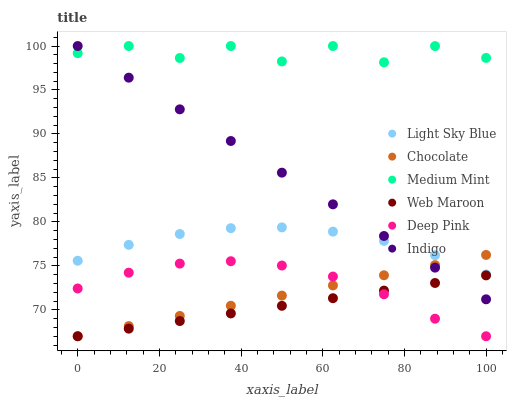
| xaxis_label | Light Sky Blue | Chocolate | Medium Mint | Web Maroon | Deep Pink | Indigo |
 | --- | --- | --- | --- | --- | --- | --- |
 | 0 | 75.6 | 67 | 99.2 | 67 | 72.4 | 100 |
 | 12.5 | 77.4 | 68.2 | 100 | 67.9 | 74.2 | 96.4 |
 | 25 | 78.6 | 69.3 | 98.6 | 68.7 | 75.3 | 92.8 |
 | 37.5 | 79.3 | 70.5 | 100 | 69.6 | 75.5 | 89.2 |
 | 50 | 79.4 | 71.6 | 98.2 | 70.5 | 75 | 85.6 |
 | 62.5 | 78.9 | 72.8 | 100 | 71.3 | 73.8 | 82 |
 | 75 | 77.8 | 73.9 | 98.1 | 72.2 | 71.8 | 78.4 |
 | 87.5 | 76.2 | 75.1 | 100 | 73.1 | 69 | 74.8 |
 | 100 | 74 | 76.2 | 98.6 | 73.9 | 67 | 71.2 |